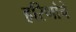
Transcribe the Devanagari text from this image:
हरिणांचे